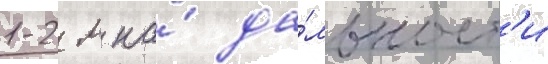
1-2 м на́ да́льност'и